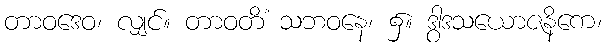
တာဝဒေဝ၊ လျှင်။ တာဝတိံ သဘဝနေ၊ ၌။ ဒွါဒသယောဇနိကေ၊